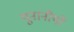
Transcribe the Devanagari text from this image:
यूनानीयों